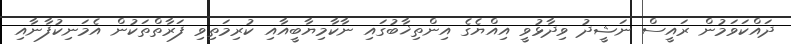
ދައްކަވަމުން ރައީސް ނަޝީދު ވިދާޅުވީ އިއްޔެގެ އިންތިޚާބުގައި ނާކާމިޔާބީއާއި ކުރިމަތިވި ފަރާތްތަކުން އެމަނިކުފާނާއި